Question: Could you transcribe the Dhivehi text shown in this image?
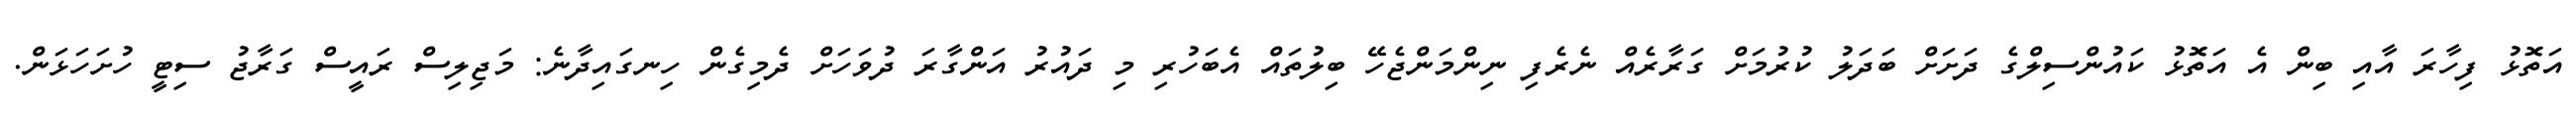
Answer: އަތޮޅު ފިހާރަ އާއި ބިން އެ އަތޮޅު ކައުންސިލްގެ ދަށަށް ބަދަލު ކުރުމަށް ގަރާރެއް ނެރެފި ނިންމަންޖެހޭ ބިލުތައް އެބަހުރި މި ދައުރު އަންގާރަ ދުވަހަށް ދެމިގެން ހިނގައިދާނެ: މަޖިލިސް ރައީސް ގަރާޖު ސިޓީ ހުށަހަޅަން.